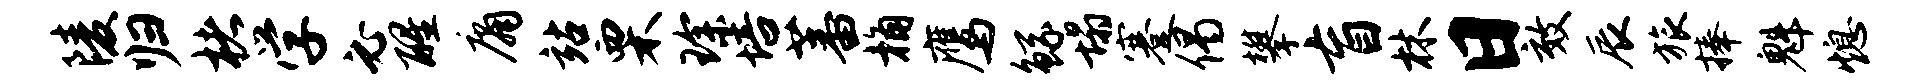
陵归楮学必醒庸站栗琛培蕃桷鹰鲧塌蹇偈攀盲林日效辰旅捧魁熄